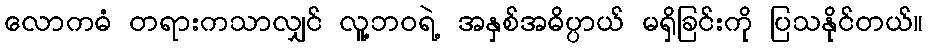
လောကဓံ တရားကသာလျှင် လူ့ဘဝရဲ့ အနှစ်အဓိပ္ပာယ် မရှိခြင်းကို ပြသနိုင်တယ်။